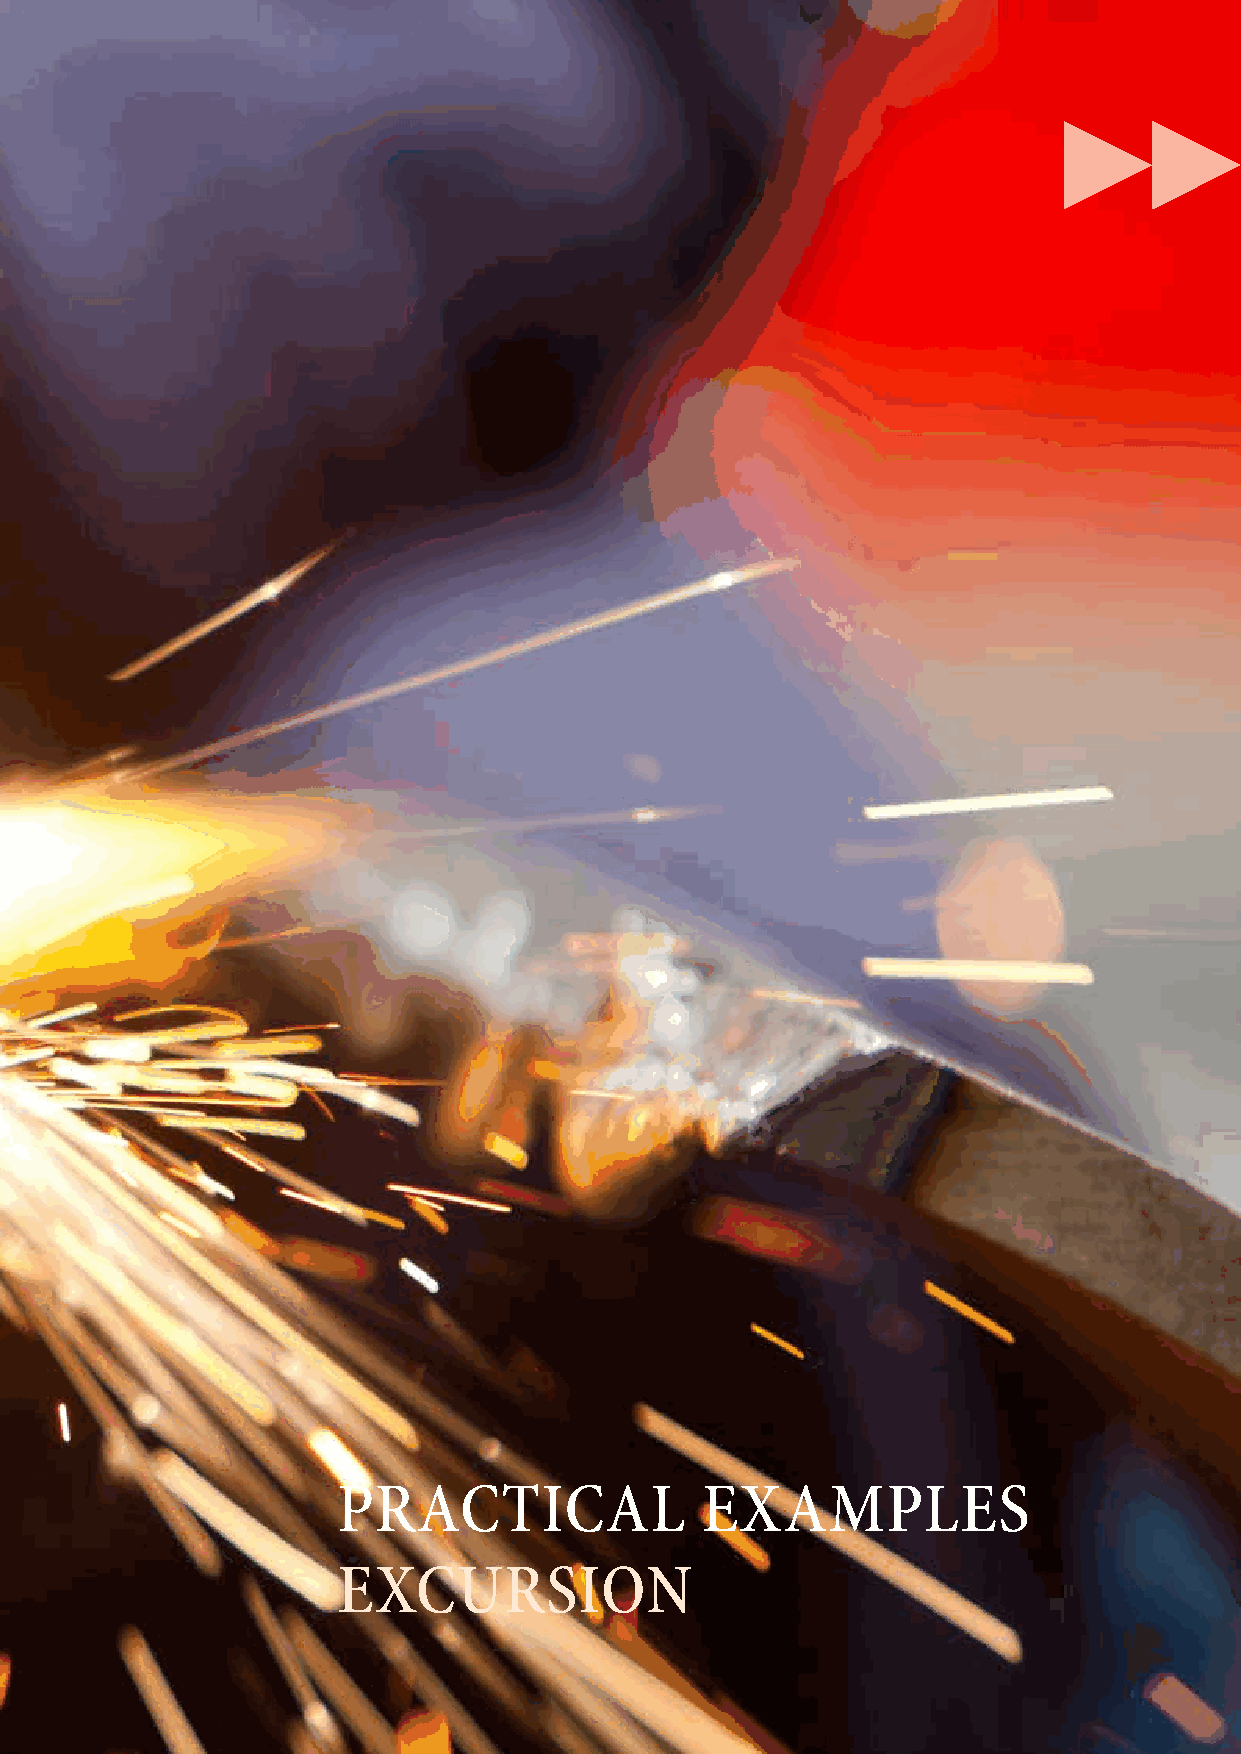
PRaCtICal               ExaMP          lES
 ExCuRSIon
 page 29